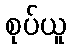
စုပ်ယူ